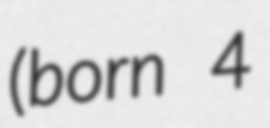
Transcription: (born 4